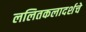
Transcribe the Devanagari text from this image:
ललितकलादर्शचे